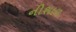
નીશાળ